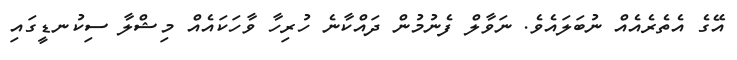
އޭގެ އެތެރެއެއް ނުބަލައެވެ. ނަވާލް ފެނުމުން ދައްކާނެ ހުރިހާ ވާހަކައެއް މިޝްލާ ސިކުނޑީގައި